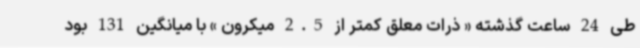
طی 24 ساعت گذشته « ذرات معلق کمتر از 2.5 میکرون » با میانگین 131 بود